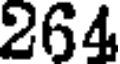
264